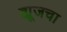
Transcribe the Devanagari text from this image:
ह्यूजचा